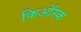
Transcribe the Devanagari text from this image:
किऑस्क